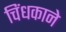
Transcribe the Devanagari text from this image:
चिंधकाने